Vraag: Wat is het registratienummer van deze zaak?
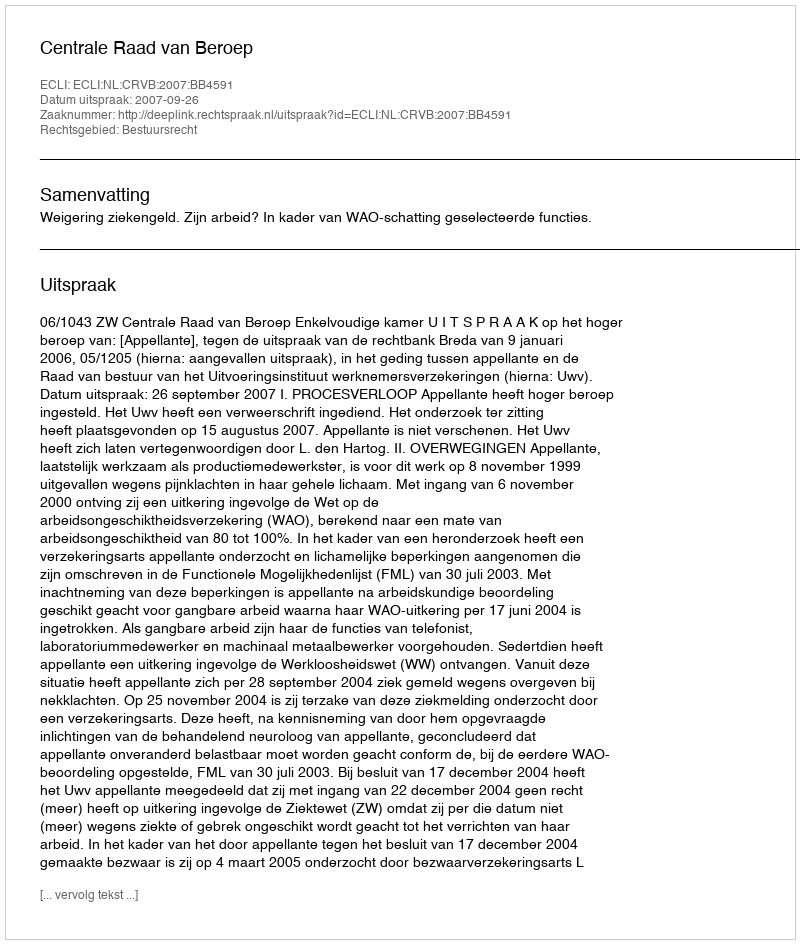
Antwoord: http://deeplink.rechtspraak.nl/uitspraak?id=ECLI:NL:CRVB:2007:BB4591